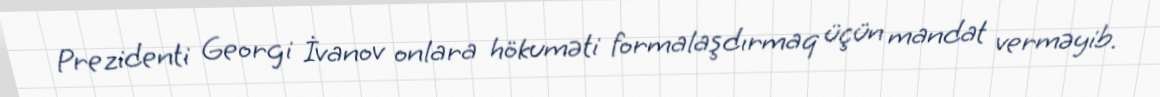
Prezidenti Georgi İvanov onlara hökuməti formalaşdırmaq üçün mandat verməyib.